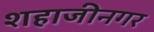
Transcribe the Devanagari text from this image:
शहाजीनगर